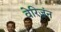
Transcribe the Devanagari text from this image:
वेरिज़ंन